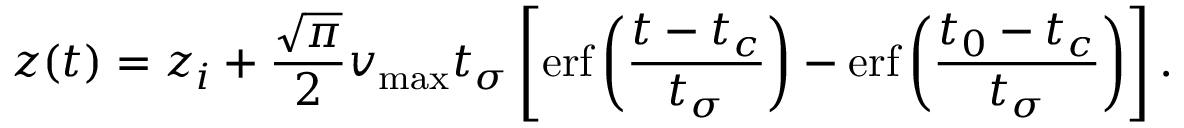
z ( t ) = z _ { i } + \frac { \sqrt { \pi } } { 2 } v _ { \mathrm { m a x } } t _ { \sigma } \left[ \mathrm { e r f } \left( \frac { t - t _ { c } } { t _ { \sigma } } \right) - \mathrm { e r f } \left( \frac { t _ { 0 } - t _ { c } } { t _ { \sigma } } \right) \right] .